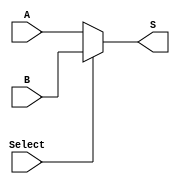
module MUX5(
    A,B,Select,S
    );
    input [4:0] A,B;
    input Select;
    output [4:0] S;
    assign S = (Select==0) ? A:B;
endmodule